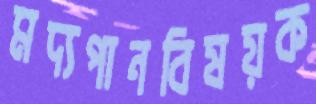
মদ্যপানবিষয়ক